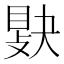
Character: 𢾔